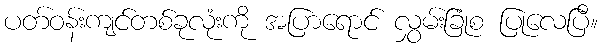
ပတ်ဝန်းကျင်တစ်ခုလုံးကို အပြာရောင် လွှမ်းခြုံစ ပြုလေပြီ။